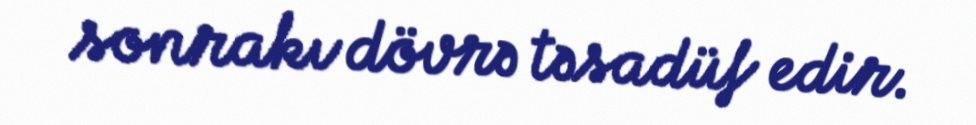
sonrakı dövrə təsadüf edir.